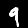
Label: 9